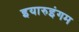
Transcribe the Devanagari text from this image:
इयारुइंगम